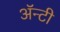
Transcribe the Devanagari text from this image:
ॲन्टी